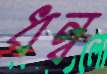
ধন্ব